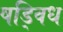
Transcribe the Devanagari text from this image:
षड्विध